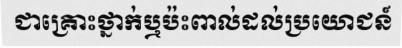
ជាគ្រោះថ្នាក់ឬប៉ះពាល់ដល់ប្រយោជន៍